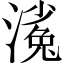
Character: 𣻖